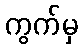
ကွက်မှ